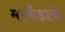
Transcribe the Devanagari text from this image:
मार्कंडाचे